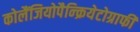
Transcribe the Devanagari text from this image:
कोलैंजियोपैन्क्रियेटोग्राफी